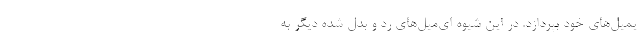
یمیل‌های خود بپردازد. در این شیوه ای‌میل‌های رد و بدل شده دیگر به